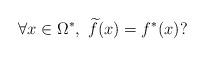
LaTeX: \begin{align*}\forall x\in \Omega ^{\ast },\ \widetilde{f}(x)=f^{\ast }(x)? \end{align*}